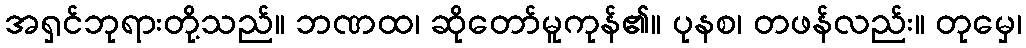
အရှင်ဘုရားတို့သည်။ ဘဏထ၊ ဆိုတော်မူကုန်၏။ ပုနစ၊ တဖန်လည်း။ တုမှေ၊